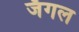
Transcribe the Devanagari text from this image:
जॅगल